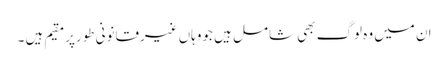
ان میں وہ لوگ بھی شامل ہیں جووہاں غیرقانونی طورپرمقیم ہیں ۔